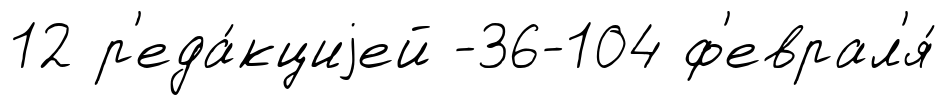
12 р'еда́кциjей -36-104 ф'еврал'я́